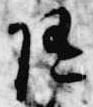
随